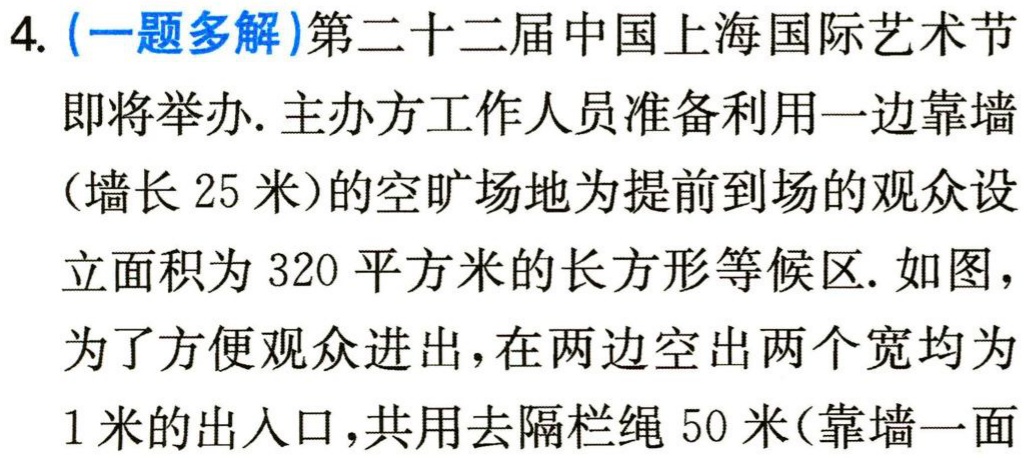
4. (一题多解)第二十二届中国上海国际艺术节
即将举办. 主办方工作人员准备利用一边靠墙
(墙长 25 米)的空旷场地为提前到场的观众设
立面积为 320 平方米的长方形等候区. 如图，
为了方便观众进出，在两边空出两个宽均为
1 米的出入口，共用去隔栏绳 50 米(靠墙一面